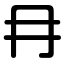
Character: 冄